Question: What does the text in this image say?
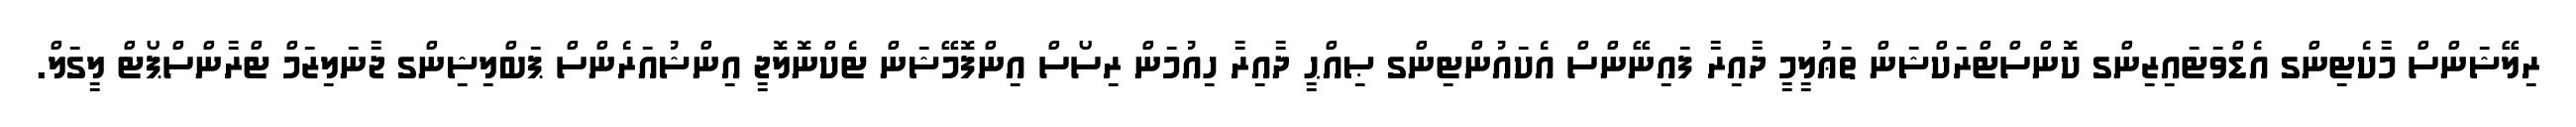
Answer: ރިލޭޝަންސް މާކެޓިންގ އެޑްވަޓައިޒިންގ ކޮންސްޓްރަކްޝަން ތަޢުލީމީ ދާއިރާ ފައިނޭންސް އެކައުންޓިންގ ޞިއްޙީ ދާއިރާ ހިއުމަން ރިސޯސް އިންފޮމޭޝަން ޓެކްނޮލޮޖީ އިންޝުއަރެންސް ޕަބްލިޝިންގ ޖާނަލިޒަމް ޓްރާންސްޕޯޓް ލީގަލް.